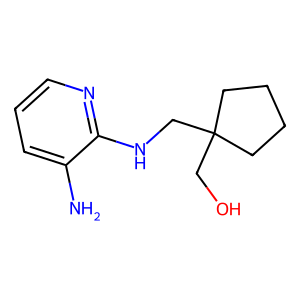
SMILES: Nc1cccnc1NCC1(CO)CCCC1
Inhibits HIV replication: No